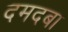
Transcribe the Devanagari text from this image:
दमदबा